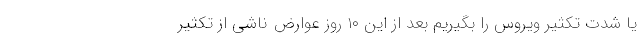
یا شدت تکثیر ویروس را بگیریم بعد از این ۱۰ روز عوارض ناشی از تکثیر